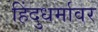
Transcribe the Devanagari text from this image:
हिंदुधर्मावर